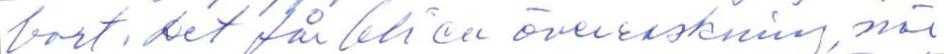
bort. Det får bli en överraskning, när